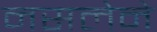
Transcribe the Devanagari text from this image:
नसलेने